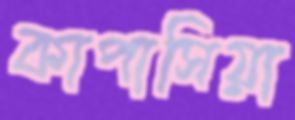
কাপাসিয়া